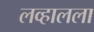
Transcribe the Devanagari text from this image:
लव्हालला